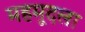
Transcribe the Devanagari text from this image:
महमूदला